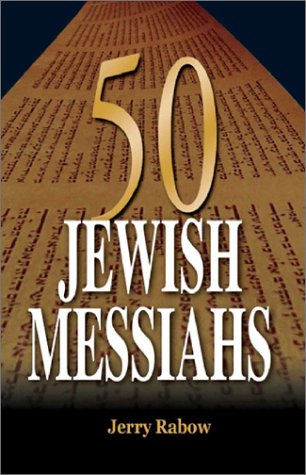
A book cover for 50 Jewish Messiahs: The Untold Life Stories of 50 Jewish Messiahs Since Jesus and How They Changed the Jewish, Christian, and Muslim Worlds; Jerry Rabow; Christian Books & Bibles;